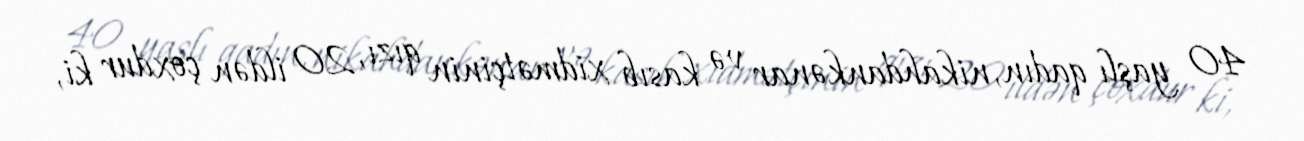
40 yaşlı qadın, nikahdankənar və kasıb xidmətçinin qızı, 20 ildən çoxdur ki,